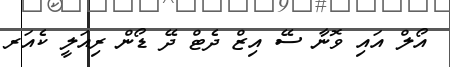
އޯލް އައި ވޮނާ ސޭ އިޒް ދެޓް ދޭ ޑޯން ރިއަލީ ކެއަރ